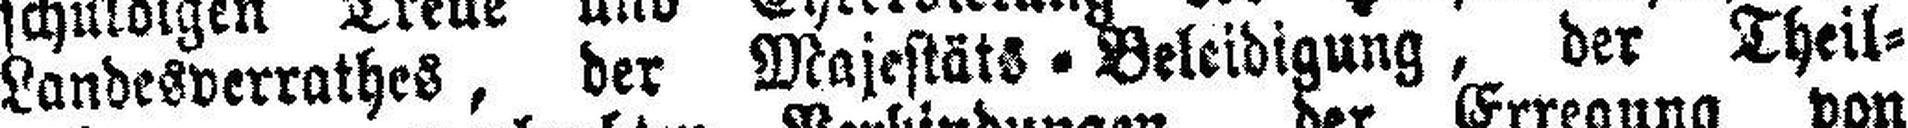
Landesverrathes, der Majestät=Beleidigung, der Theil¬